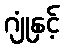
ဂျုံနှင့်